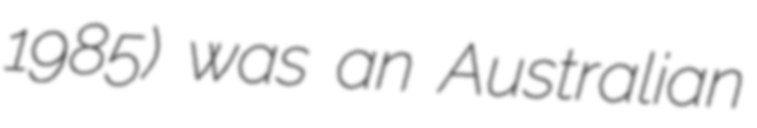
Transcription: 1985) was an Australian